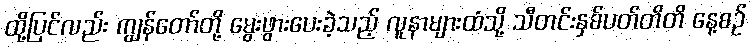
ထို့ပြင်လည်း ကျွန်တော်တို့ မွေးဖွားပေးခဲ့သည့် လူနာများထံသို့ သီတင်းနှစ်ပတ်တိတိ နေ့စဉ်